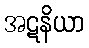
အဋနိယာ